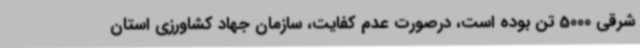
شرقی 5000 تن بوده است، درصورت عدم کفایت، سازمان جهاد کشاورزی استان